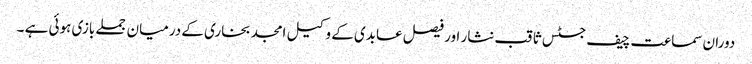
دوران سماعت چیف جسٹس ثاقب نثار اور فیصل عابدی کے وکیل امجد بخاری کے درمیان جملے بازی ہوئی ہے ۔